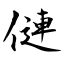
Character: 僆